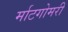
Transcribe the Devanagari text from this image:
र्माटगोमरी